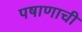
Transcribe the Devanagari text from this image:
पषाणाची